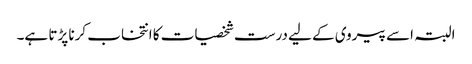
البتہ اسے پیروی کے لیے درست شخصیات کا انتخاب کرنا پڑتا ہے۔